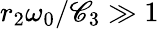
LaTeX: r_{2}\omega_{0}/\mathscr{C}_{3}\gg1